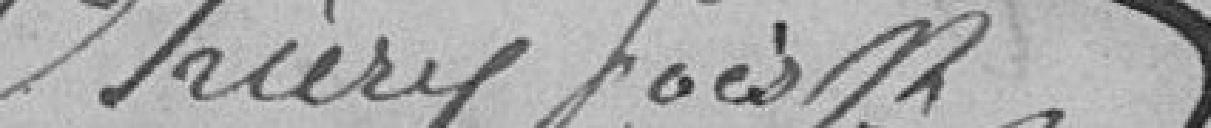
Thierry Boesh